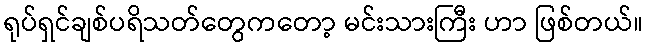
ရုပ်ရှင်ချစ်ပရိသတ်တွေကတော့ မင်းသားကြီး ဟာ ဖြစ်တယ်။